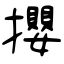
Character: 攖